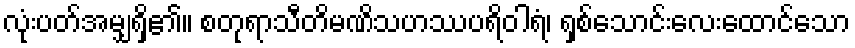
လုံးပတ်အမျှရှိ၏။ စတုရာသီတိမဏိသဟဿပရိဝါရံ၊ ရှစ်သောင်းလေးထောင်သော